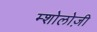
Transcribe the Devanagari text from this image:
म्शोलोज़ी